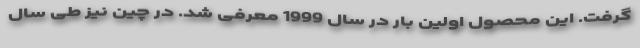
گرفت. این محصول اولین بار در سال 1999 معرفی شد. در چین نیز طی سال